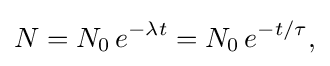
N=N_{0}\,e^{-{\lambda }t}=N_{0}\,e^{-t/\tau },\,\!